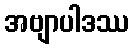
အဗျာပါဒဿ